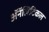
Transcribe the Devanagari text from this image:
ॲनॅलिटिकल